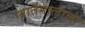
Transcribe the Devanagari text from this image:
ग्वातेमालाला